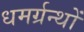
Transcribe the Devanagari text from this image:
धमर्ग्रन्थों